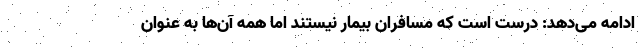
ادامه می‌دهد: درست است که مسافران بیمار نیستند اما همه آن‌ها به عنوان